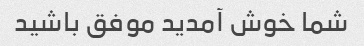
شما خوش آمدید موفق باشید